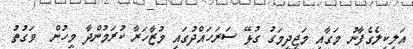
އަލިކިލެގެފާނު މަގާއި މަޖީދީމަގު ގުޅޭ ސަރަހައްދުގައި މުޒާހަރާ ކުރަމުންދާ މީހުން  ވަގުތު